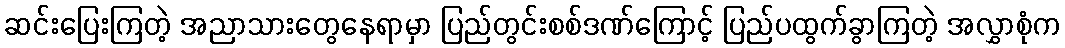
ဆင်းပြေးကြတဲ့ အညာသားတွေနေရာမှာ ပြည်တွင်းစစ်ဒဏ်ကြောင့် ပြည်ပထွက်ခွာကြတဲ့ အလွှာစုံက